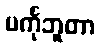
မင်္ကုဘူတာ